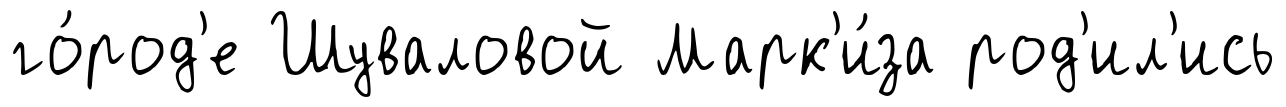
го́род'е Шуваловой Марк'и́за род'ил'ись